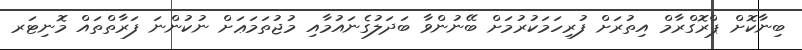
ބިނާކޮށް ޕްރޮގްރާމް އިތުރަށް ފުރިހަމަކުރުމަށް ބޭނުންވާ ބަދަލުގެނައުމާއި މުޖުތަމަޢަށް ނުކުންނަ ފަރާތްތައް މޮނިޓަރ